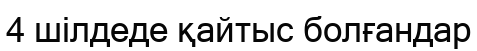
4 шілдеде қайтыс болғандар